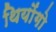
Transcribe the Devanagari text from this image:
थियोंगो